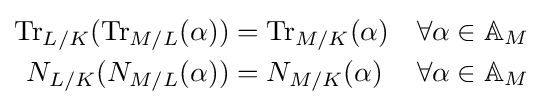
{\begin{aligned}\operatorname {Tr} _{L/K}(\operatorname {Tr} _{M/L}(\alpha ))&=\operatorname {Tr} _{M/K}(\alpha )&&\forall \alpha \in \mathbb {A} _{M}\\N_{L/K}(N_{M/L}(\alpha ))&=N_{M/K}(\alpha )&&\forall \alpha \in \mathbb {A} _{M}\end{aligned}}